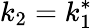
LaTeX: k_{2}=k_{1}^{\ast}